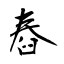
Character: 舂